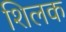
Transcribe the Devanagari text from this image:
शिलक